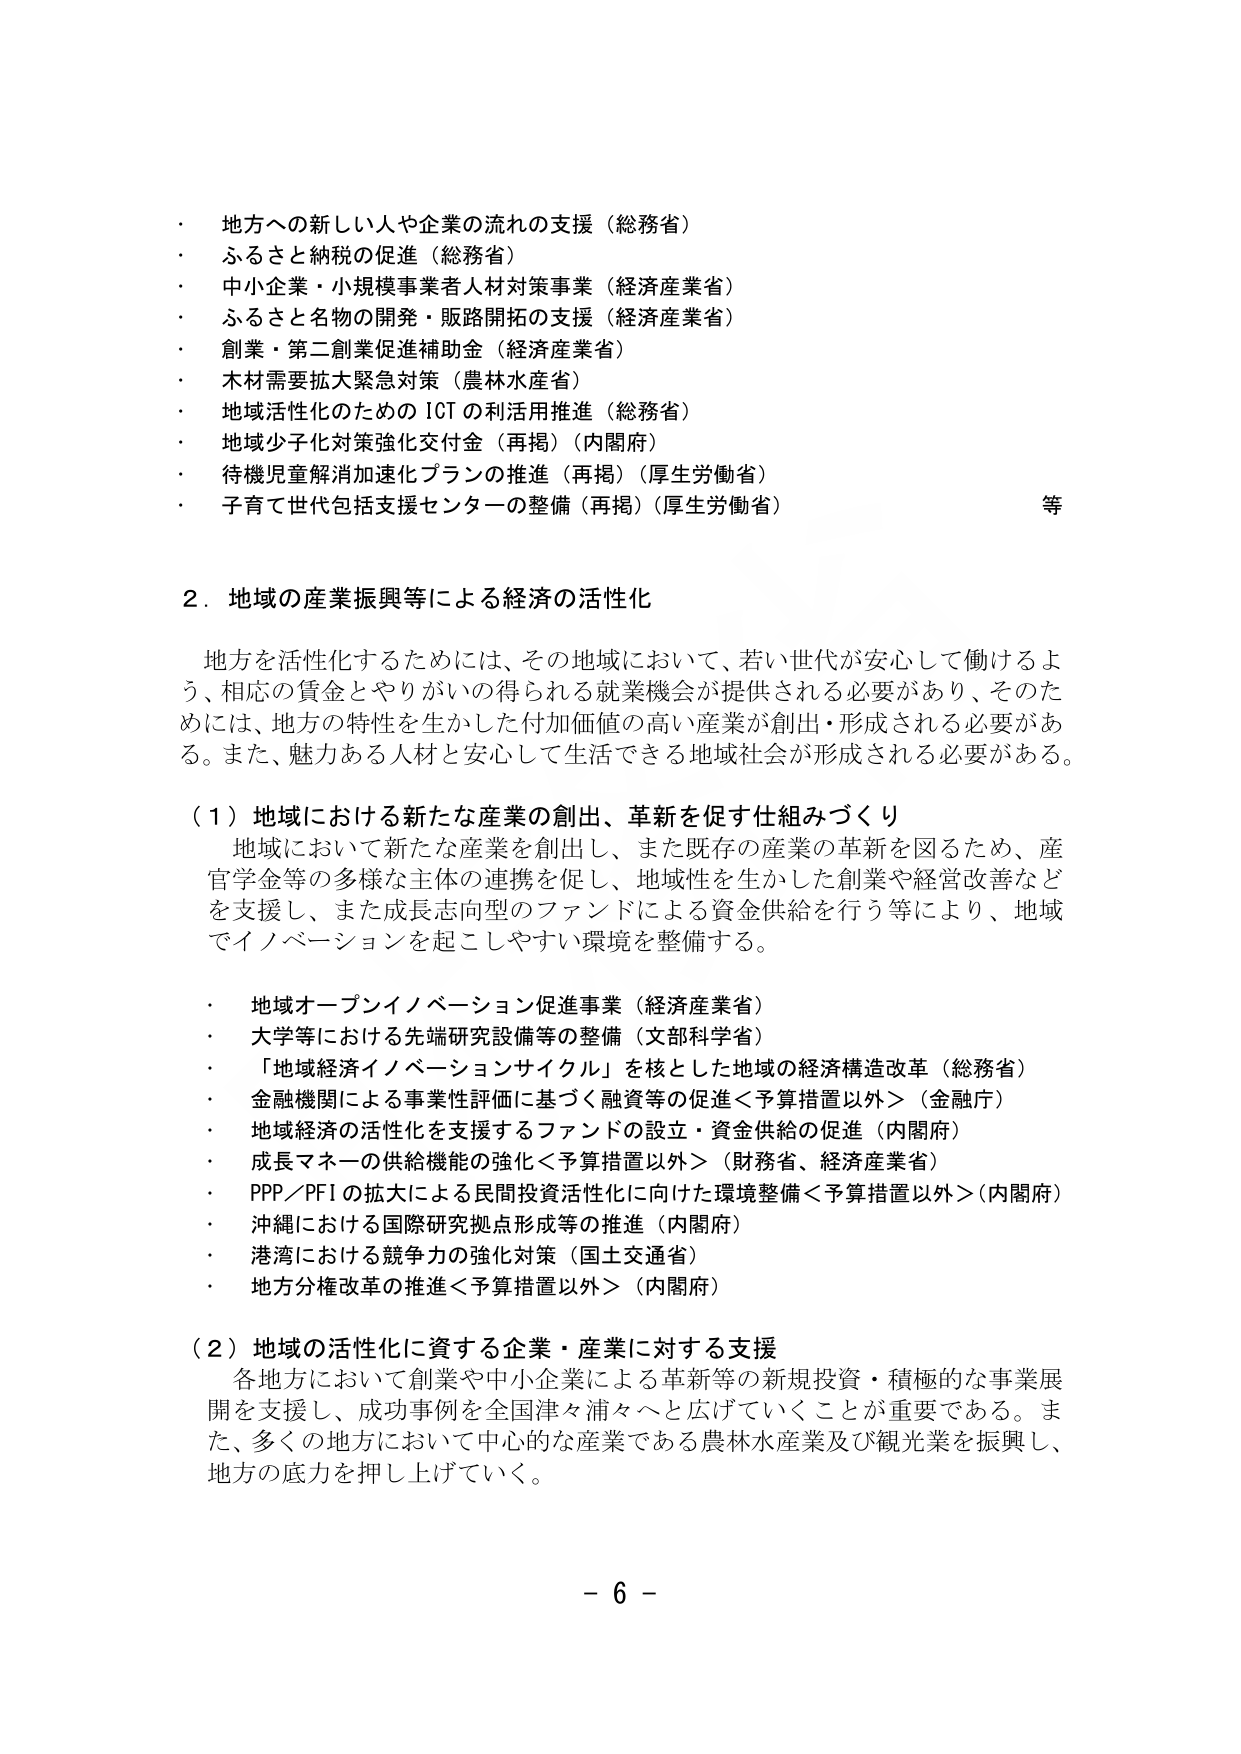
・ 地方への新しい人や企業の流れの支援（総務省）
・ ふるさと納税の促進（総務省）
・ 中小企業・小規模事業者人材対策事業（経済産業省）
・ ふるさと名物の開発・販路開拓の支援（経済産業省）
・ 創業・第二創業促進補助金（経済産業省）
・ 木材需要拡大緊急対策（農林水産省）
・ 地域活性化のための ICT の利活用推進（総務省）
・ 地域少子化対策強化交付金（再掲）（内閣府）
・ 待機児童解消加速化プランの推進（再掲）（厚生労働省）
・ 子育て世代包括支援センターの整備（再掲）（厚生労働省） 等

２．地域の産業振興等による経済の活性化

地方を活性化するためには、その地域において、若い世代が安心して働けるよう、相応の賃金とやりがいの得られる就業機会が提供される必要があり、そのためには、地方の特性を生かした付加価値の高い産業が創出・形成される必要がある。また、魅力ある人材と安心して生活できる地域社会が形成される必要がある。

（１）地域における新たな産業の創出、革新を促す仕組みづくり

地域において新たな産業を創出し、また既存の産業の革新を図るため、産官学金等の多様な主体の連携を促し、地域性を生かした創業や経営改善などを支援し、また成長志向型のファンドによる資金供給を行う等により、地域でイノベーションを起こしやすい環境を整備する。

・ 地域オープンイノベーション促進事業（経済産業省）
・ 大学等における先端研究設備等の整備（文部科学省）
・ 「地域経済イノベーションサイクル」を核とした地域の経済構造改革（総務省）
・ 金融機関による事業性評価に基づく融資等の促進＜予算措置以外＞（金融庁）
・ 地域経済の活性化を支援するファンドの設立・資金供給の促進（内閣府）
・ 成長マネーの供給機能の強化＜予算措置以外＞（財務省、経済産業省）
・ PPP／PFI の拡大による民間投資活性化に向けた環境整備＜予算措置以外＞（内閣府）
・ 沖縄における国際研究拠点形成等の推進（内閣府）
・ 港湾における競争力の強化対策（国土交通省）
・ 地方分権改革の推進＜予算措置以外＞（内閣府）

（２）地域の活性化に資する企業・産業に対する支援

各地方において創業や中小企業による革新等の新規投資・積極的な事業展開を支援し、成功事例を全国津々浦々へと広げていくことが重要である。また、多くの地方において中心的な産業である農林水産業及び観光業を振興し、地方の底力を押し上げていく。

－ 6 －